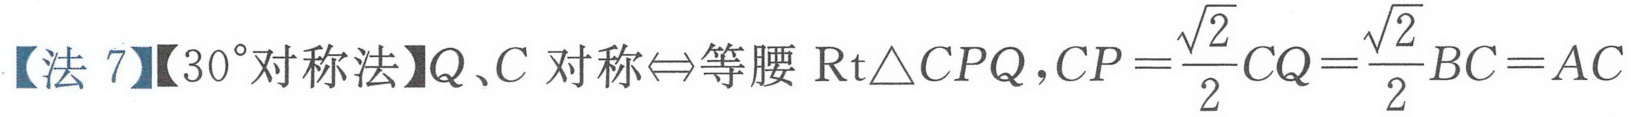
【法 7】【\(30^{\circ}\)对称法】\(Q、C\)对称\(\Leftrightarrow\)等腰\(\text{Rt}\triangle CPQ\)，\(CP = \dfrac{\sqrt{2}}{2}CQ=\dfrac{\sqrt{2}}{2}BC = AC\)